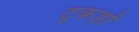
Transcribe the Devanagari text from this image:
टूकड़ों